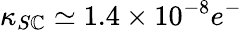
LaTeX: \kappa_{S\mathbb{C}}\simeq1.4\times10^{-8}e^{-}